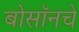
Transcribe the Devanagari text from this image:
बोसॉनचे